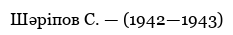
Шәріпов С. — (1942—1943)